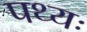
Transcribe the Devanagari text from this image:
पथ्यः